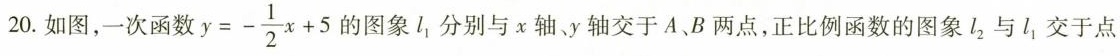
20.如图，一次函数$$y = - \frac { 1 } { 2 } x + 5$$的图象l_{1}分别与x轴、y轴交于A、B两点，正比例函数的图象l_{2}与l_{1}交于点